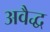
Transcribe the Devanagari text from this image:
अवैद्ध